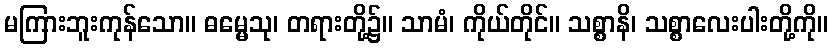
မကြားဘူးကုန်သော။ ဓမ္မေသု၊ တရားတို့၌။ သာမံ၊ ကိုယ်တိုင်။ သစ္စာနိ၊ သစ္စာလေးပါးတို့ကို။